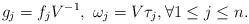
LaTeX: \begin{align*}g_j=f_jV^{-1}, ~ \omega_j=V\tau_j, \forall 1\leq j \leq n.\end{align*}